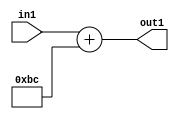
`timescale 1ps / 1ps
/*****************************************************************************
    Verilog RTL Description
    
    
    Created by: Stratus DpOpt 2019.1.01 
*******************************************************************************/

module DC_Filter_Add_12U_11_1 (
	in1,
	out1
	); /* architecture "behavioural" */ 
input [11:0] in1;
output [11:0] out1;
wire [11:0] asc001;

assign asc001 = 
	+(in1)
	+(12'B000010111100);

assign out1 = asc001;
endmodule

/* CADENCE  urnxTQo= : u9/ySgnWtBlWxVPRXgAZ4Og= ** DO NOT EDIT THIS LINE ******/